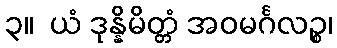
၃။  ယံ ဒုန္နိမိတ္တံ အဝမင်္ဂလဉ္စ၊